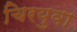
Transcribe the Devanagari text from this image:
चिरयुवा